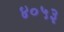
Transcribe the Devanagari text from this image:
४०५३